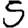
Digit: 5